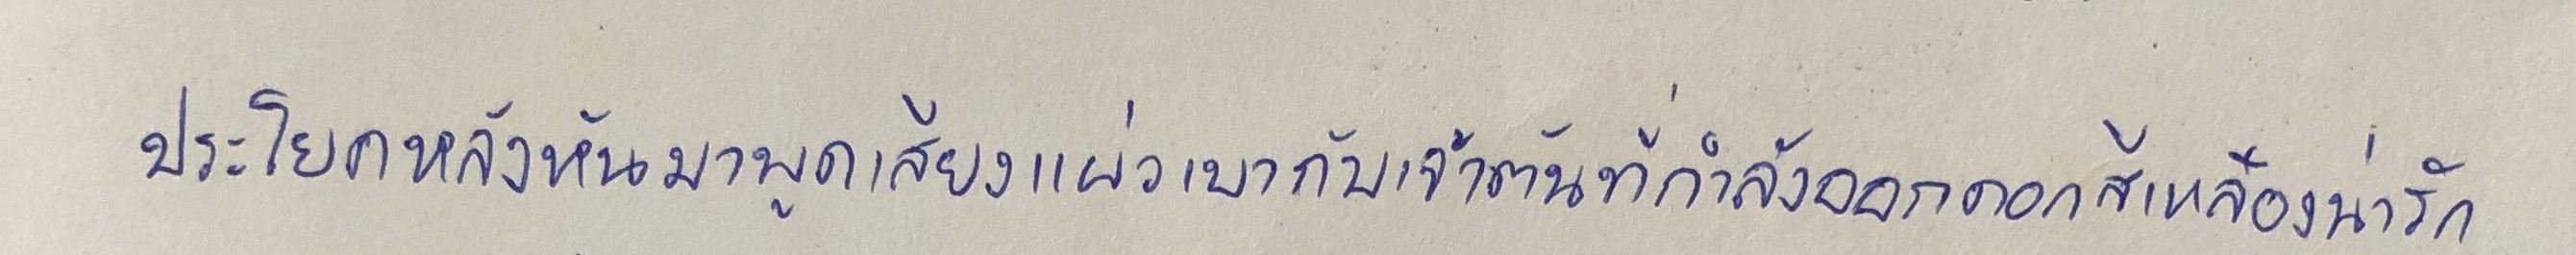
ประโยคหลังหันมาพูดเสียงแผ่วเบากับเจ้าต้นที่กำลังออกดอกสีเหลืองน่ารัก